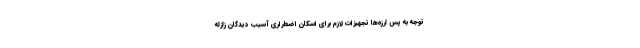
توجه به پس لرزه‌ها تجهیزات لازم برای اسکان اضطراری آسیب دیدگان زلزله